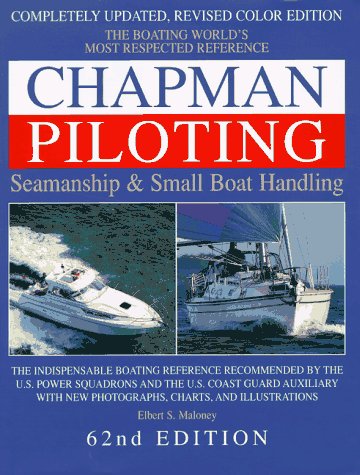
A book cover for Chapman Piloting: Seamanship & Small Boat Handling (Chapman Piloting, Seamanship and Small Boat Handling); Elbert S. Maloney; Engineering & Transportation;